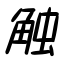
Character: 触